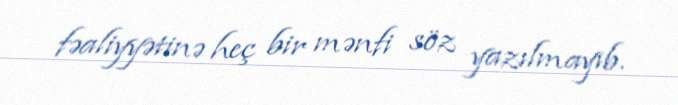
fəaliyyətinə heç bir mənfi söz yazılmayıb.